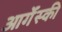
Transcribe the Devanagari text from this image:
आर्गेंस्की